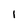
Character: 1